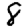
Digit: 8